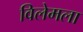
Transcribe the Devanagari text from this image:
विलेमला